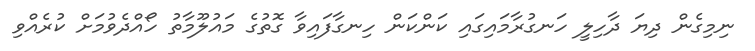
ނިމިގެން ދިޔަ ދާހިލީ ހަނގުރާމައިގައި ކަންކަން ހިނގާފައިވާ ގޮތުގެ މައުލޫމާތު ހޯއްދެވުމަށް ކުރެއްވި